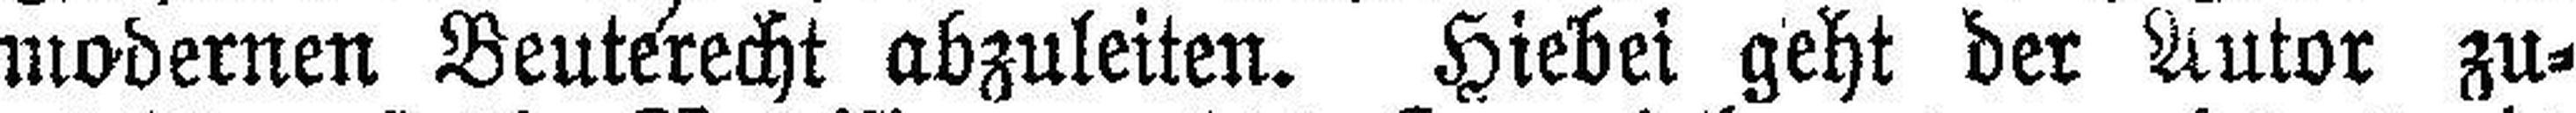
modernen Beuterecht abzuleiten. Hiebei geht der Autor zu¬